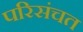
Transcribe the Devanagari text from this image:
परिसंचत